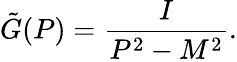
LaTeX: \tilde{G}(P)=\frac{I}{P^{2}-M^{2}}.